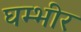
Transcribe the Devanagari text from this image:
घम्भीर